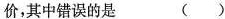
价，其中错误的是（）